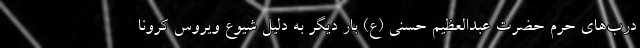
درب‌های حرم حضرت عبدالعظیم حسنی (ع) بار دیگر به دلیل شیوع ویروس کرونا